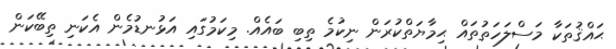
ޙައްޤުތަކާ މަސްލަހަތުތައް ޙިމާޔަތްކުރަން ނިކުމެ ތިބި ބައެއް. މިކަމުގައި އަޅުނޑުމެން އެކަނި ތިބޭކަން